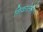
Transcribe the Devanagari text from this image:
निकालेगी।